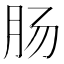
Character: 肠